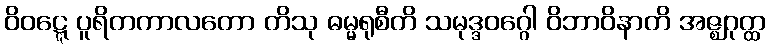
ဝိဝဋ္ဋေ ပူရိတကာလတော တိသု ဓမ္မရုစီတိ သမုဒ္ဒဝဂ္ဂေါ ဝိဘာဝိနာတိ အဇ္ဈဂုတ္ထ